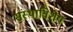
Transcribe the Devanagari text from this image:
संस्थाविशेष